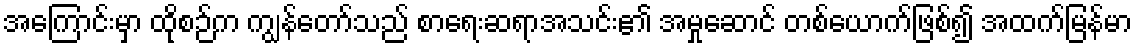
အကြောင်းမှာ ထိုစဉ်က ကျွန်တော်သည် စာရေးဆရာအသင်း၏ အမှုဆောင် တစ်ယောက်ဖြစ်၍ အထက်မြန်မာ